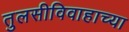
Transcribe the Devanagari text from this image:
तुलसीविवाहाच्या